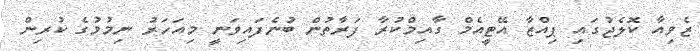
ޒެވިއާ ކޮލެޖުގައި ޕިއްޒާ އޭޓީއެމް ގާއިމްކުރާ ފަރާތުން ބުނެފައިވަނީ މިއަހަރު ނިމުމުގެ ކުރިން